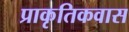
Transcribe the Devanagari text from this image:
प्राकृतिकवास